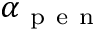
\alpha _ { \mathrm { ~ p ~ e ~ n ~ } }